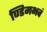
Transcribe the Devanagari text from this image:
ण्डिमभवं